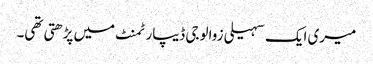
میری ایک سہیلی زوالوجی ڈیپارٹمنٹ میں پڑھتی تھی۔